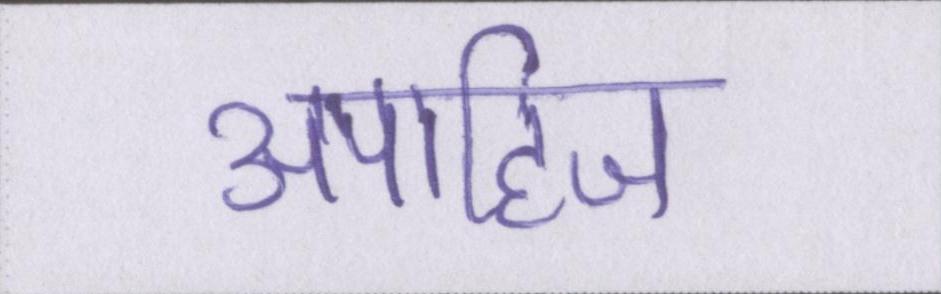
अपाहिज